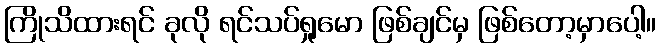
ကြိုသိထားရင် ခုလို ရင်သပ်ရှုမော ဖြစ်ချင်မှ ဖြစ်တော့မှာပေါ့။